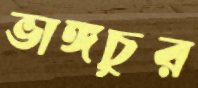
ভাঙ্গচুর